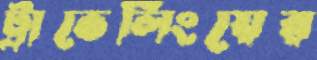
ট্রাভেলিংয়ের